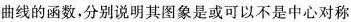
曲线的函数，分别说明其图象是或可以不是中心对称